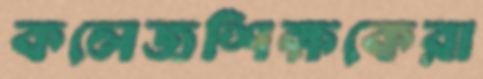
কলেজশিক্ষকেরা